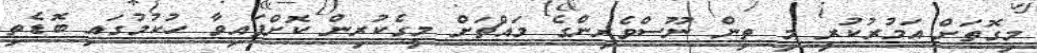
މިގޮތަށް އަމުރުކުރީ މި ތިން ނޫސްވެރިންގެ މައްޗަށް މީގެކުރިން ކޮށްފައިވާ ހުކުމުގައި ބޮޑެތި